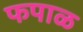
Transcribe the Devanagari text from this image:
फपाळ